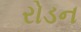
રોડન